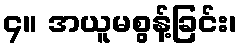
၄။ အယူမစွန့်ခြင်း၊